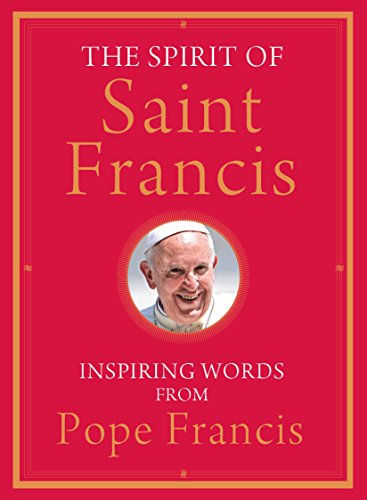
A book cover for The Spirit of Saint Francis: Inspiring Words from Pope Francis; Pope Francis; Christian Books & Bibles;